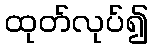
ထုတ်လုပ်၍